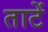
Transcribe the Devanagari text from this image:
ताटें